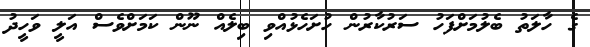
ގެ ހާލަތު ބެލުމަށްފަހު ސަރުކާރުން ހުށަހެޅުއްވި ބިލެއް ނޫން ކަމަށްވެސް އަލީ ވަހީދު